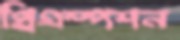
প্রিএম্পশন